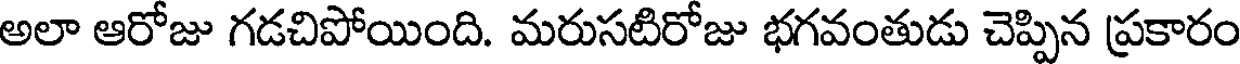
అలా ఆరోజు గడచిపోయింది. మరుసటిరోజు భగవంతుడు చెప్పిన ప్రకారం